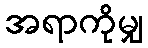
အရာကိုမျှ